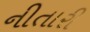
નીતારી